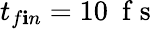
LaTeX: t_{f\mathbf{i}n}=10~\mathrm{{~f~s~}}